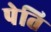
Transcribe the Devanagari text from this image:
पेति